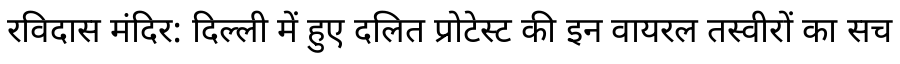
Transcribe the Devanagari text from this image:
रविदास मंदिर: दिल्ली में हुए दलित प्रोटेस्ट की इन वायरल तस्वीरों का सच